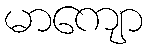
မာကျော